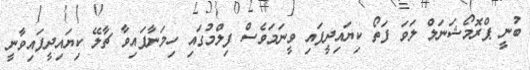
ބުނީ ޕްރޮމޯޝަނަލް ލަވަ ފަތޯ ކިޔައިދީފައި ވީނަމަވެސް ފިލްމުގައި ހިމަނާފައިވާ ޗާލޭ ކިޔައިދީފައިވާނީ